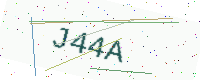
Text: J44A